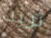
تريد